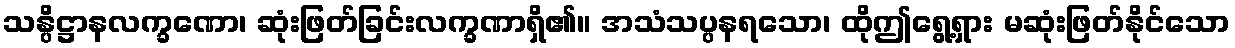
သန္ပိဋ္ဌာနလက္ခဏော၊ ဆုံးဖြတ်ခြင်းလက္ခဏာရှိ၏။ အသံသပ္ပနရသော၊ ထိုဤရွေ့ရှား မဆုံးဖြတ်နိုင်သော